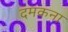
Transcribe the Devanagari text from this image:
दमकना